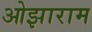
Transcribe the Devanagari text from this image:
ओझाराम